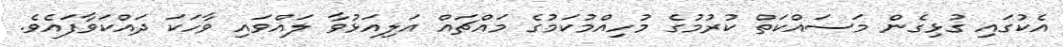
އެކުގައި ގުޅިގެން މަސައްކަތް ކުރުމުގެ މުހިއްމުކަމުގެ މައްޗައް އަލިއަޅުވާ ލައްވައި ވާހަކަ ދައްކަވާފައެވެ.